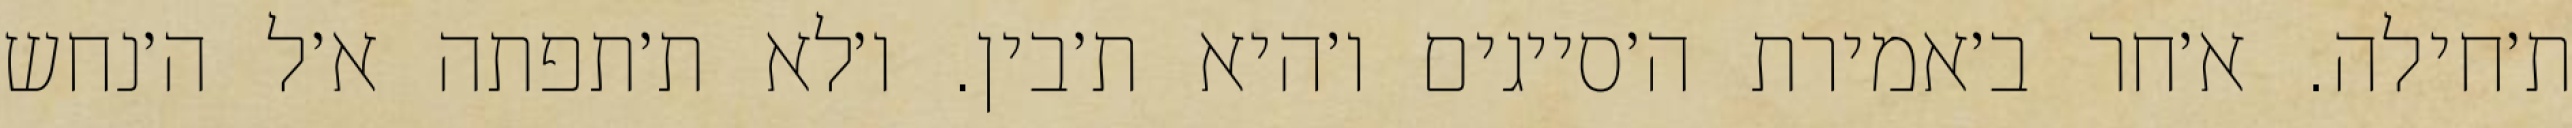
ת׳חילה. א׳חר ב׳אמירת ה׳סייגים ו׳היא ת׳בין. ו׳לא ת׳תפתה א׳ל ה׳נחש